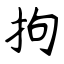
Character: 拘